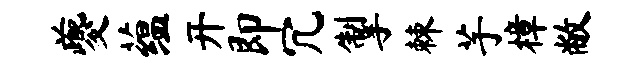
夔蕴开即冗掣棘芋樟敝